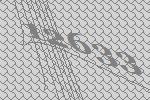
12633